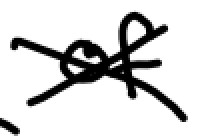
Text: of
Cross-out: cross
Writing tool: digital_black